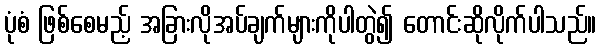
ပုံစံ ဖြစ်စေမည့် အခြားလိုအပ်ချက်များကိုပါတွဲ၍ တောင်းဆိုလိုက်ပါသည်။